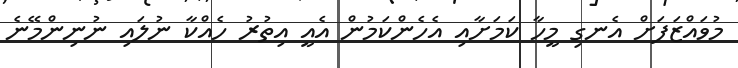
މުވައްޒަފަށް އެނގި މީހާ ކަމަށާއި އެހެންކަމުން އެއީ އިތުރު ހެއްކާ ނުލައި ނުނިންމޭނެ